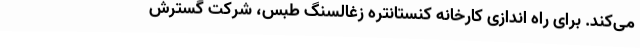
می‌کند. برای راه اندازی کارخانه کنستانتره زغالسنگ طبس، شرکت گسترش